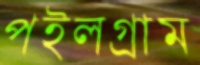
পইলগ্রাম